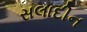
સલાદીન